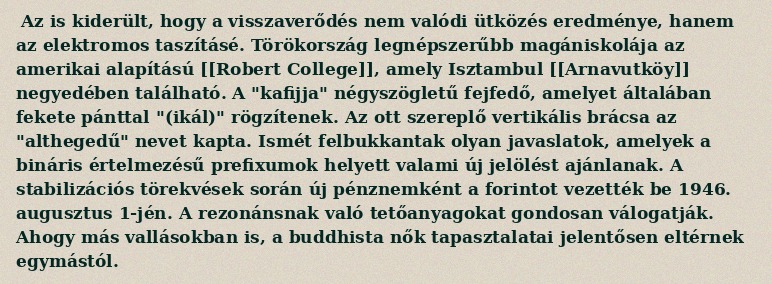
Az is kiderült, hogy a visszaverődés nem valódi ütközés eredménye, hanem az elektromos taszításé. Törökország legnépszerűbb magániskolája az amerikai alapítású [[Robert College]], amely Isztambul [[Arnavutköy]] negyedében található. A "kafijja" négyszögletű fejfedő, amelyet általában fekete pánttal "(ikál)" rögzítenek. Az ott szereplő vertikális brácsa az "althegedű" nevet kapta. Ismét felbukkantak olyan javaslatok, amelyek a bináris értelmezésű prefixumok helyett valami új jelölést ajánlanak. A stabilizációs törekvések során új pénznemként a forintot vezették be 1946. augusztus 1-jén. A rezonánsnak való tetőanyagokat gondosan válogatják. Ahogy más vallásokban is, a buddhista nők tapasztalatai jelentősen eltérnek egymástól.